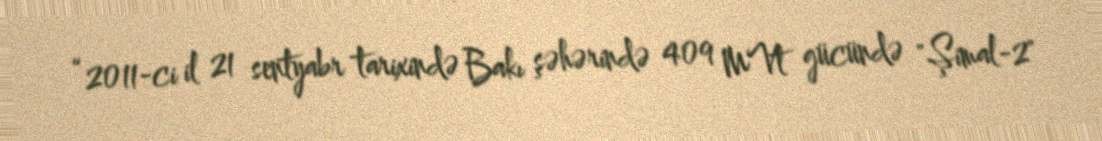
“2011-ci il 21 sentyabr tarixində Bakı şəhərində 409 MVt gücündə "Şimal-2"